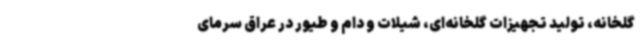
گلخانه، تولید تجهیزات گلخانه‌ای، شیلات و دام و طیور در عراق سرمای